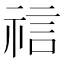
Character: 𫀎